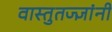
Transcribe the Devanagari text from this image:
वास्तुतज्ज्ञांनी